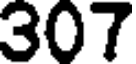
307